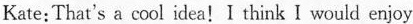
Kate:That's a cool idea!I think I would enjoy